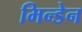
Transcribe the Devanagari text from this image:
मिन्डेन